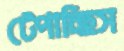
টেপাচ্ছিস